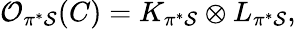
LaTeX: {\cal O}_{\pi^{*}{\cal S}}(C)=K_{\pi^{*}{\cal S}}\otimes L_{\pi^{*}{\cal{S}}},